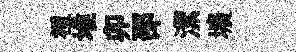
裡堆卯邵潔壙